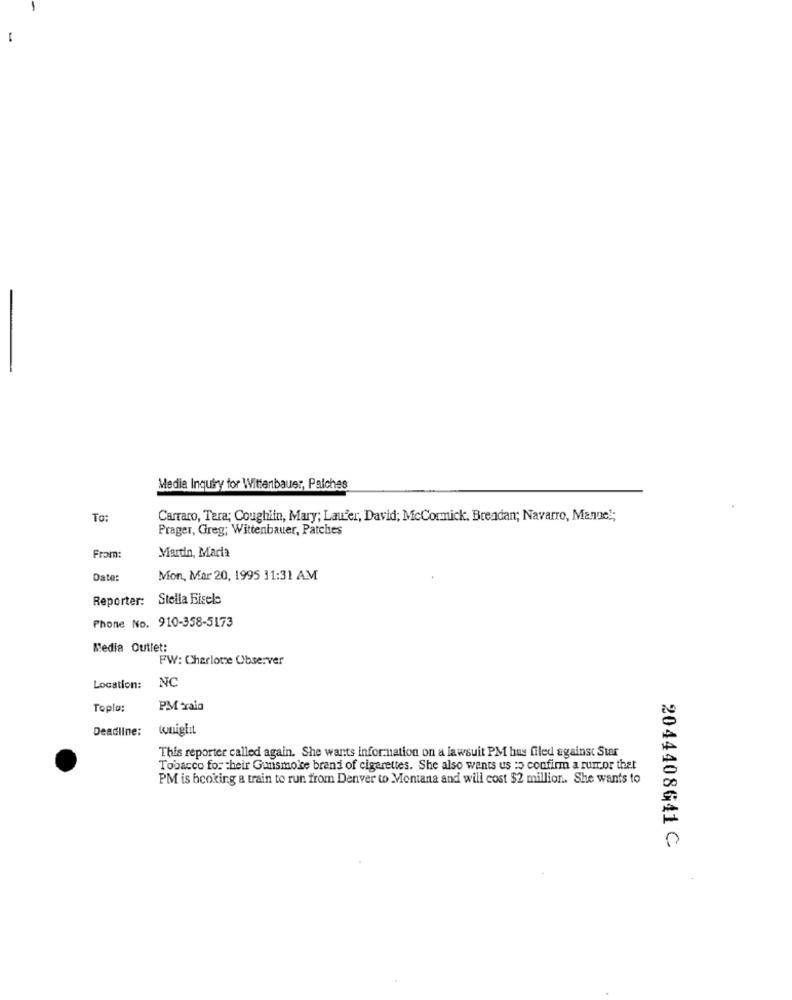
Media Inquiry for Wittenbauer, Palches
To:
Carraro, Tera; Coughlin, Mary; Laufer, David; McCormick. Breadan; Navarro, Manuel;
Prager, Greg; Wittenbauer, Patches
Martin, Maria
From:
Date:
Mon, Mar 20, 1995 11:31 AM
Reporter: Stella Eisele
Phone No. 910-358-5173
Media Outlet:
FW: Charlotte Observer
Location: NC
Topla:
PM caia
Deadline:
tonight
This reporter called again. She wants information on a lawsuit PM hus filed against Star
Tobacco for their Gunsmoke brand of cigarettes. She also wants us :5 confirm a rumor that
PM is hooking a train to run from Denver to Montana and will cost $2 million. She wants to
2044408641 C